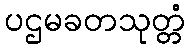
ပဌမခတသုတ္တံ